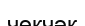
чөкчәк